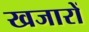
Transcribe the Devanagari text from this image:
खजारों